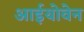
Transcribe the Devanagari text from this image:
आईयोवेन